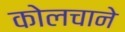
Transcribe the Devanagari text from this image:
कोलचाने